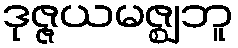
ဒုဇ္ဇယမဇ္ဈဘူ